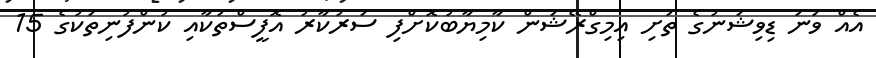
އެއް ވަނަ ޑިވިޝަނުގެ ތަށި އިމިގްރޭޝަން ކާމިޔާބުކޮށްފި ސަރުކާރު އޮފީސްތަކާއި ކުންފުނިތަކުގެ 15